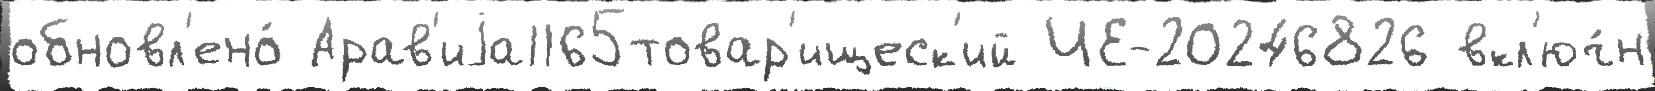
обновл'ено́ Арав'иjа1165товар'ищеск'ий ЧЕ-20246826 вкл'юч́н